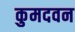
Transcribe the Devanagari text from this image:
कुमदवन